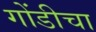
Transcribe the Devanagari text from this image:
गोंडीचा